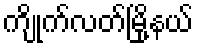
ကျိုက်လတ်မြို့နယ်